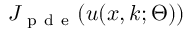
J _ { \mathrm { ~ p ~ d ~ e ~ } } ( u ( \boldsymbol { x } , \boldsymbol { k } ; \Theta ) )